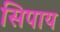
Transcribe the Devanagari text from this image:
सिपाय